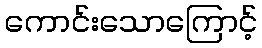
ကောင်းသောကြောင့်